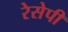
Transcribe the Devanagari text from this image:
रेसेपी